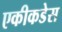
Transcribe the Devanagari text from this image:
एकीकडेस